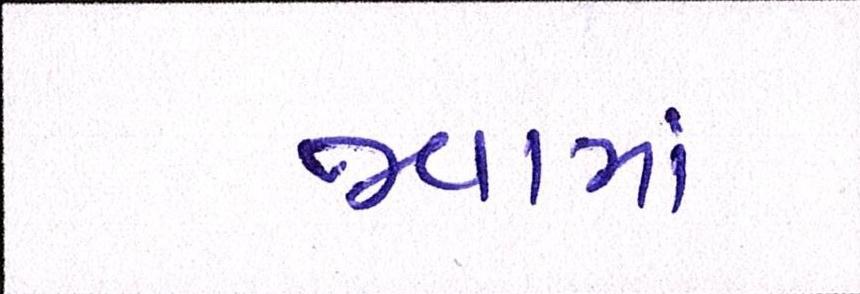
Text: જવામાં